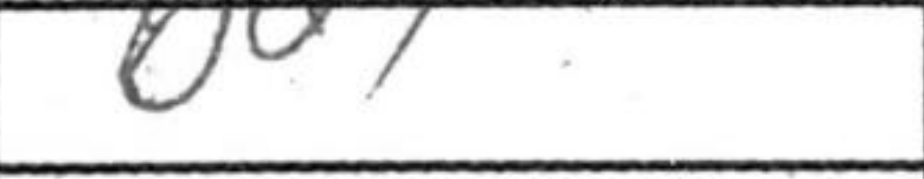
Transcription: Bd7